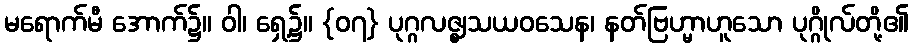
မရောက်မီ အောက်၌။ ဝါ၊ ရှေ့၌။ {၀၇} ပုဂ္ဂလဇ္ဈသယဝသေန၊ နတ်ဗြဟ္မာဟူသော ပုဂ္ဂိုလ်တို့၏